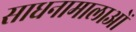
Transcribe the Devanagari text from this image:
साधनामालाओं